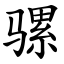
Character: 骡